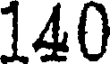
140